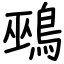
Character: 鵐